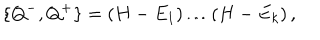
\{ Q ^ { - } , Q ^ { + } \} = \left( H - E _ { 1 } \right) \ldots \left( H - E _ { k } \right) ,